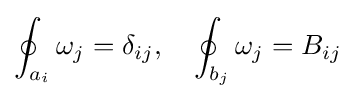
\oint _{a_{i}}\omega _{j}=\delta _{ij},\quad \oint _{b_{j}}\omega _{j}=B_{ij}